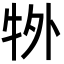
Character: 𭷜